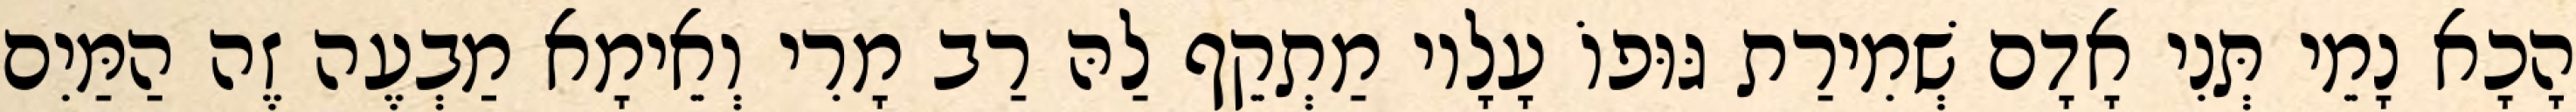
הָכָא נָמֵי תְּנִי אָדָם שְׁמִירַת גּוּפוֹ עָלָיו מַתְקֵף לַהּ רַב מָרִי וְאֵימָא מַבְעֶה זֶה הַמַּיִם